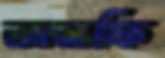
অনফি